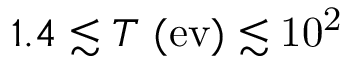
1 . 4 \lesssim T ~ \mathrm { ( e v ) \lesssim 1 0 ^ { 2 } }